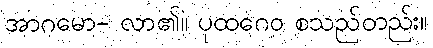
အာဂမော- လာ၏။ ပုထဂေဝ စသည်တည်း။